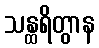
သန္ထရိတွာန